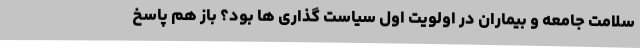
سلامت جامعه و بیماران در اولویت اول سیاست گذاری ها بود؟ باز هم پاسخ